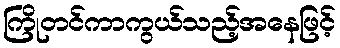
ကြိုတင်ကာကွယ်သည့်အနေဖြင့်